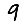
Digit: 9